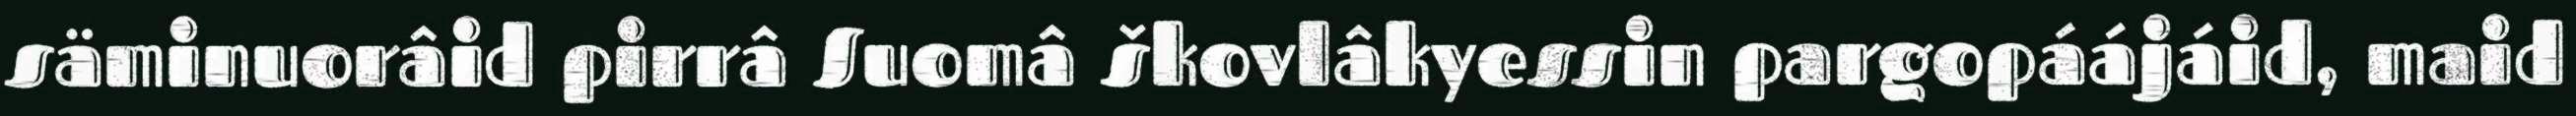
säminuorâid pirrâ Suomâ škovlâkyessin pargopáájáid, maid